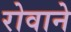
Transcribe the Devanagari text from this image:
रोवाने